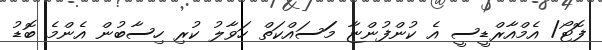
ފޮޓޯ/ އެމްއާރްޑީސީ އެ ކުންފުންޏާ މަަަސައްކަތް ހަވާލު ކުރި ހިސާބުން އެންމެ ބޮޑު